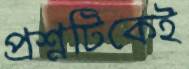
প্রশ্নটিকেই